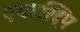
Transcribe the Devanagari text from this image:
एयरस्ट्रिप